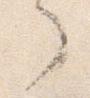
了